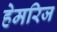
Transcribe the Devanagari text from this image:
हेमरिज